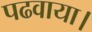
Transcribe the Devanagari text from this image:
पढवाया।